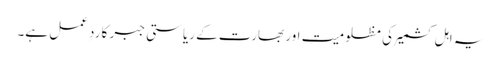
یہ اہلِ کشمیر کی مظلومیت اور بھارت کے ریاستی جبر کا ردِ عمل ہے۔